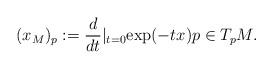
LaTeX: \begin{align*}(x_M)_p:=\frac{d}{dt}|_{t=0}\mbox{exp}(-tx)p\in T_pM.\end{align*}